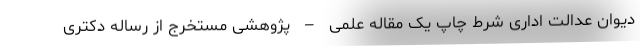
دیوان عدالت اداری شرط چاپ یک مقاله علمی – پژوهشی مستخرج از رساله دکتری